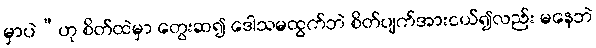
မှာပဲ”ဟု စိတ်ထဲမှာ တွေးဆ၍ ဒေါသမထွက်ဘဲ စိတ်ပျက်အားငယ်၍လည်း မနေဘဲ